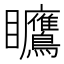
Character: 𪿅